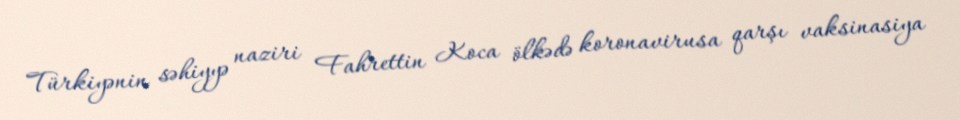
Türkiyənin səhiyyə naziri Fahrettin Koca ölkədə koronavirusa qarşı vaksinasiya